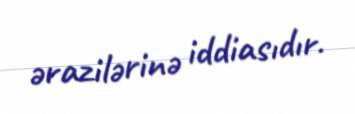
ərazilərinə iddiasıdır.